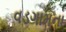
વડગામના